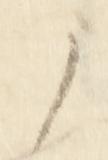
之